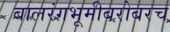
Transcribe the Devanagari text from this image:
बालरंगभूमीबरोबरच